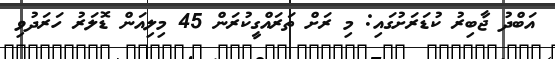
އަބްދު ޖާބިރު ކުޑަރަށުގައި: މި ރަށް ތަރައްގީކުރަން 45 މިލިއަން ޑޮލަރު ހަރަދުވި